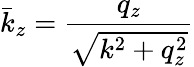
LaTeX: \bar{k}_{z}=\frac{q_{z}}{\sqrt{k^{2}+q_{z}^{2}}}